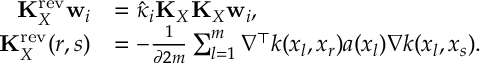
\begin{array} { r l } { \mathbf { K } _ { X } ^ { \mathrm { r e v } } \mathbf { w } _ { i } } & { = \hat { \kappa } _ { i } \mathbf { K } _ { X } \mathbf { K } _ { X } \mathbf { w } _ { i } , } \\ { \mathbf { K } _ { X } ^ { \mathrm { r e v } } ( r , s ) } & { = - \frac { 1 } { \partial 2 m } \sum _ { l = 1 } ^ { m } \nabla ^ { \top } k ( x _ { l } , x _ { r } ) a ( x _ { l } ) \nabla k ( x _ { l } , x _ { s } ) . } \end{array}